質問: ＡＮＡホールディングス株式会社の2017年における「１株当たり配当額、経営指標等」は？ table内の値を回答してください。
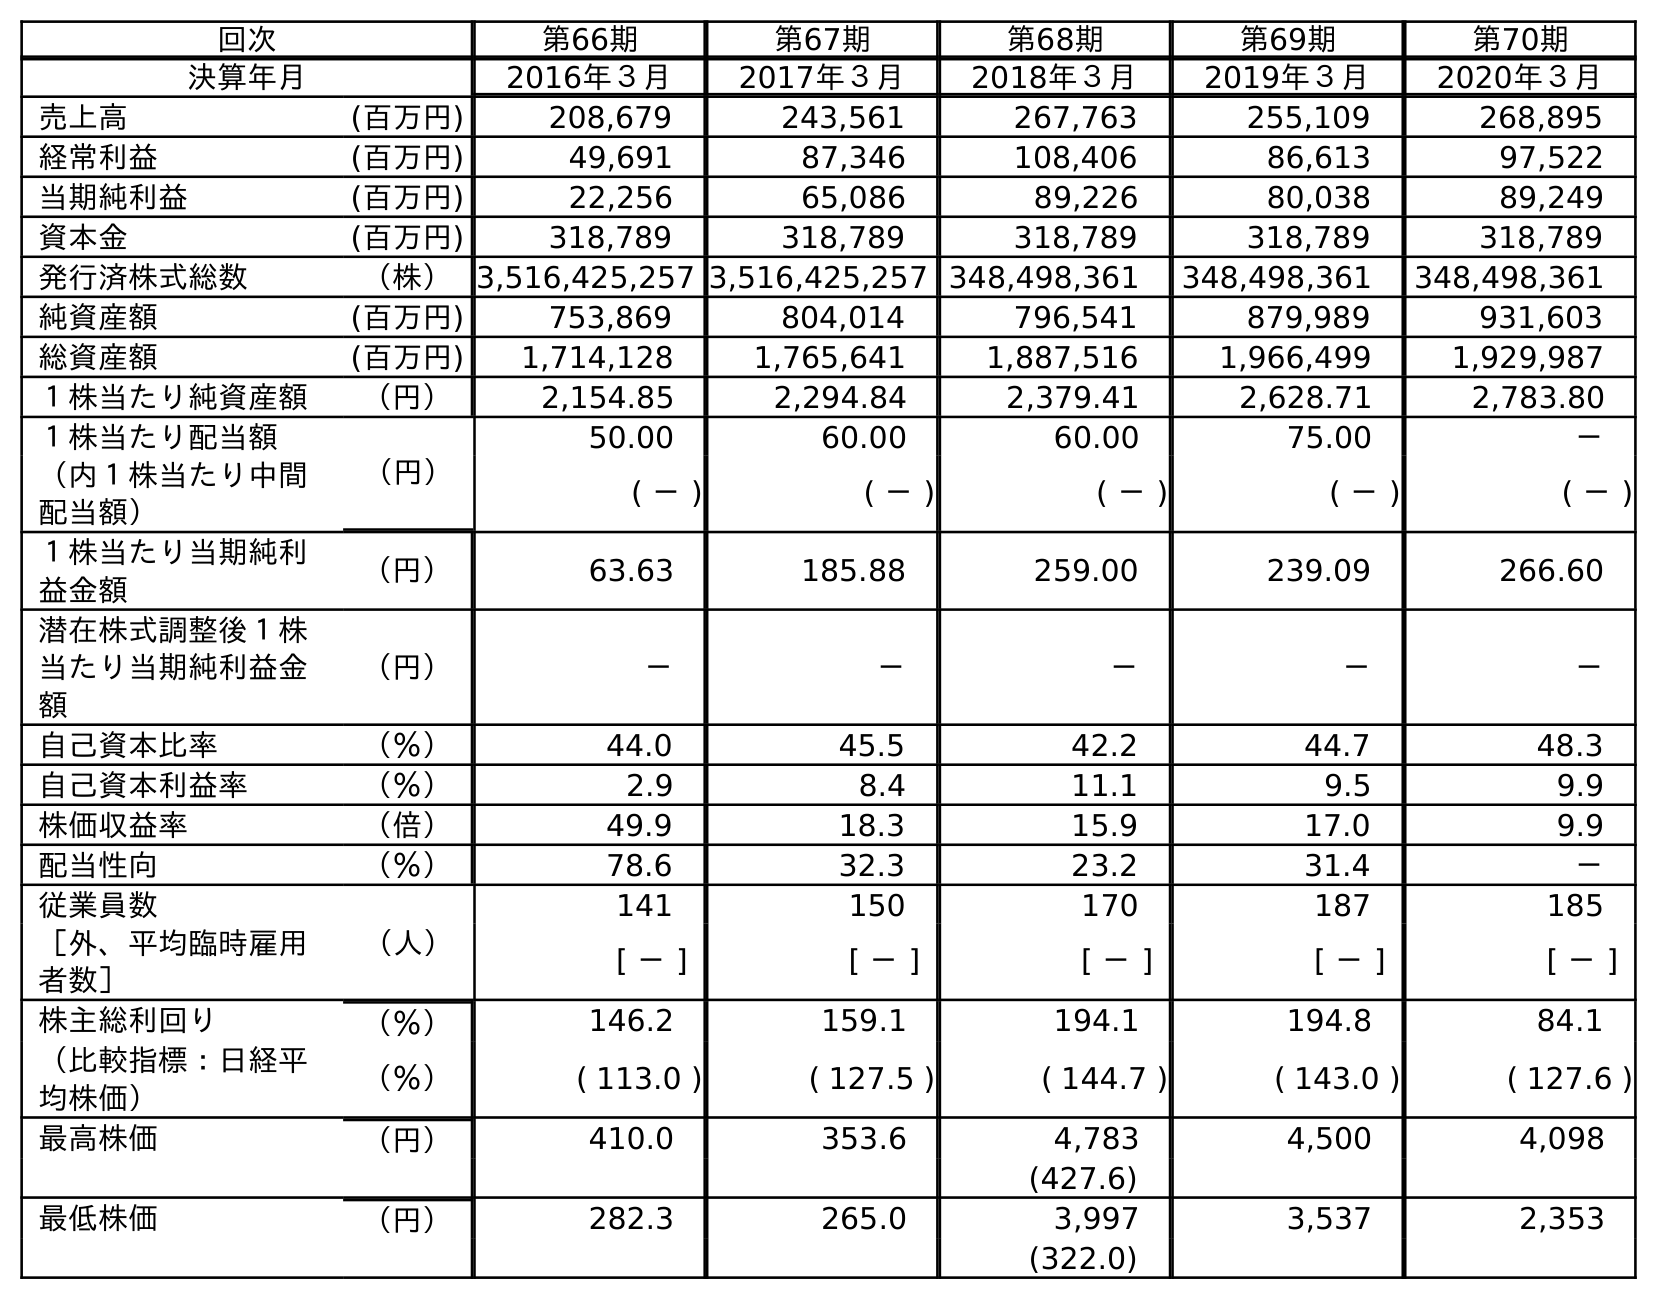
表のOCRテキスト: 回次 第66期 第67期 第68期 第69期 第70期 決算年月 2016年３月 2017年３月 2018年３月 2019年３月 2020年３月 売上高 (百万円) 208,679 243,561 267,763 255,109 268,895 経常利益 (百万円) 49,691 87,346 108,406 86,613 97,522 当期純利益 (百万円) 22,256 65,086 89,226 80,038 89,249 資本金 (百万円) 318,789 318,789 318,789 318,789 318,789 発行済株式総数 （株）3,516,425,257 3,516,425,257 348,498,361 348,498,361 348,498,361 純資産額 (百万円) 753,869 804,014 796,541 879,989 931,603 総資産額 (百万円) 1,714,128 1,765,641 1,887,516 1,966,499 1,929,987 １株当たり純資産額 （円） 2,154.85 2,294.84 2,379.41 2,628.71 2,783.80 １株当たり配当額 （円） 50.00 60.00 60.00 75.00 － （内１株当たり中間 配当額） ( － ) ( － ) ( － ) ( － ) ( － ) １株当たり当期純利 益金額 （円） 63.63 185.88 259.00 239.09 266.60 潜在株式調整後１株 当たり当期純利益金 額 （円） － － － － － 自己資本比率 （％） 44.0 45.5 42.2 44.7 48.3 自己資本利益率 （％） 2.9 8.4 11.1 9.5 9.9 株価収益率 （倍） 49.9 18.3 15.9 17.0 9.9 配当性向 （％） 78.6 32.3 23.2 31.4 － 従業員数 （人） 141 150 170 187 185 ［外、平均臨時雇用 者数］ [ － ] [ － ] [ － ] [ － ] [ － ] 株主総利回り （％） 146.2 159.1 194.1 194.8 84.1 （比較指標：日経平 均株価） （％） ( 113.0 ) ( 127.5 ) ( 144.7 ) ( 143.0 ) ( 127.6 ) 最高株価 （円） 410.0 353.6 4,783 4,500 4,098 (427.6) 最低株価 （円） 282.3 265.0 3,997 3,537 2,353 (322.0)
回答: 60.00